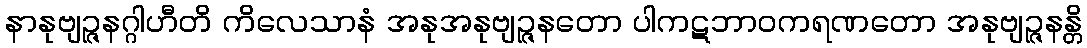
နာနုဗျဉ္ဇနဂ္ဂါဟီတိ ကိလေသာနံ အနုအနုဗျဉ္ဇနတော ပါကဋဘာဝကရဏတော အနုဗျဉ္ဇနန္တိ